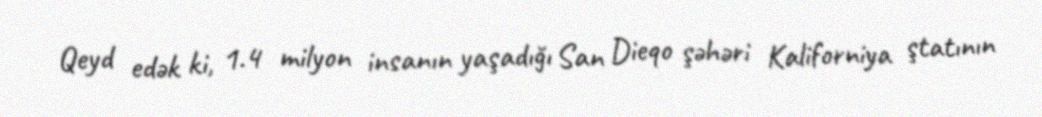
Qeyd edək ki, 1.4 milyon insanın yaşadığı San Dieqo şəhəri Kaliforniya ştatının